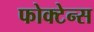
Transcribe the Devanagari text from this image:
फोक्टेन्स